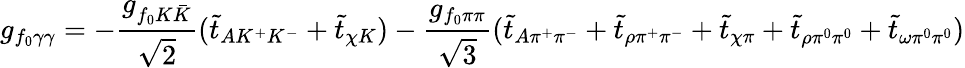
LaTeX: g_{f_{0}\gamma\gamma}=-\frac{g_{f_{0}K\bar{K}}}{\sqrt{2}}(\tilde{t}_{AK^{+}K^{-}}+\tilde{t}_{\chi K})-\frac{g_{f_{0}\pi\pi}}{\sqrt{3}}(\tilde{t}_{A\pi^{+}\pi^{-}}+\tilde{t}_{\rho\pi^{+}\pi^{-}}+\tilde{t}_{\chi\pi}+\tilde{t}_{\rho\pi^{0}\pi^{0}}+\tilde{t}_{\omega\pi^{0}\pi^{0}})